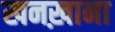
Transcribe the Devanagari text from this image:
खनख़ाना